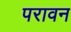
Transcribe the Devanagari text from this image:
परावन